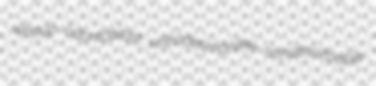
whaup odontoblast untradesmanlike nonabsorbable